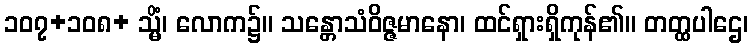
၁၀၇+၁၀၈+ သ္မိံ၊ လောက၌။ သန္တောသံဝိဇ္ဇမာနော၊ ထင်ရှားရှိကုန်၏။ တတ္ထပါဌေ၊